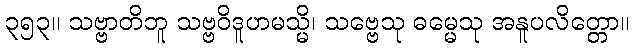
၃၅၃။ သဗ္ဗာတိဘူ သဗ္ဗဝိဒူဟမသ္မိ၊ သဗ္ဗေသု ဓမ္မေသု အနူပလိတ္တော။